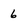
Character: 6